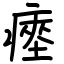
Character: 瘞